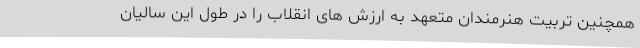
همچنین تربیت هنرمندان متعهد به ارزش های انقلاب را در طول این سالیان